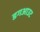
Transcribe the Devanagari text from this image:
डगआउट